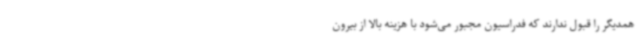
همدیگر را قبول ندارند که فدراسیون مجبور می‌شود با هزینه بالا از بیرون